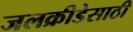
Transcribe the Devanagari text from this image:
जलक्रीडेसाठी